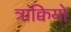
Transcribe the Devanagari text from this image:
त्रांक्वियो